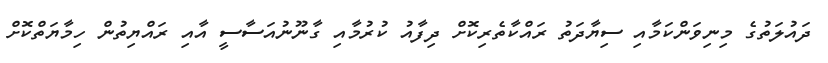
ދައުލަތުގެ މިނިވަންކަމާއި ސިޔާދަތު ރައްކާތެރިކޮށް ދިފާއު ކުރުމާއި ގާނޫނުއަސާސީ އާއި ރައްޔިތުން ހިމާޔަތްކޮށް